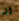
انه